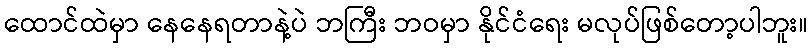
ထောင်ထဲမှာ နေနေရတာနဲ့ပဲ ဘကြီး ဘဝမှာ နိုင်ငံရေး မလုပ်ဖြစ်တော့ပါဘူး။